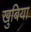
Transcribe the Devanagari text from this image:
खुबिया